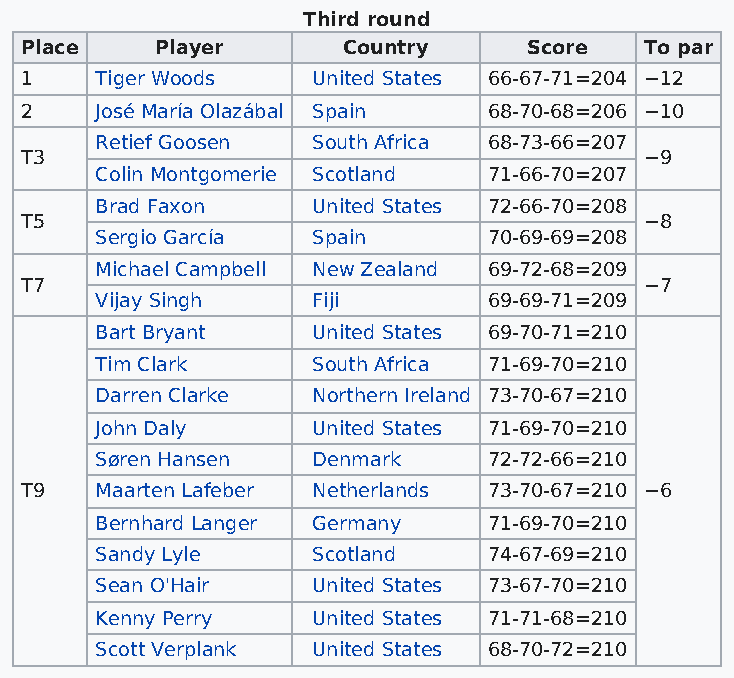
Third round
 Place    Player       Country     Score   To par
 1    Tiger Woods    United States 66-67-71=204 −12
 2    José María Olazábal Spain 68-70-68=206 −10
 Retief Goosen  South Africa 68-73-66=207
 T3                                        −9
 Colin Montgomerie Scotland 71-66-70=207
 Brad Faxon     United States 72-66-70=208
 T5                                        −8
 Sergio García  Spain      70-69-69=208
 Michael Campbell New Zealand 69-72-68=209
 T7                                        −7
 Vijay Singh    Fiji       69-69-71=209
 Bart Bryant    United States 69-70-71=210
 Tim Clark      South Africa 71-69-70=210
 Darren Clarke  Northern Ireland 73-70-67=210
 John Daly      United States 71-69-70=210
 Søren Hansen   Denmark    72-72-66=210
 T9   Maarten Lafeber Netherlands 73-70-67=210 −6
 Bernhard Langer Germany   71-69-70=210
 Sandy Lyle     Scotland   74-67-69=210
 Sean O'Hair    United States 73-67-70=210
 Kenny Perry    United States 71-71-68=210
 Scott Verplank United States 68-70-72=210